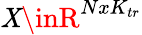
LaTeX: \mathit{X}\inR^{NxK_{tr}}